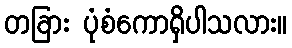
တခြား ပုံစံကောရှိပါသလား။